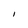
Character: I